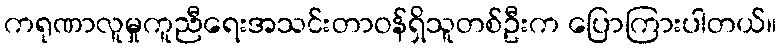
ကရုဏာလူမှုကူညီရေးအသင်းတာဝန်ရှိသူတစ်ဦးက ပြောကြားပါတယ်။